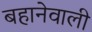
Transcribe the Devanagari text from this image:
बहानेवाली